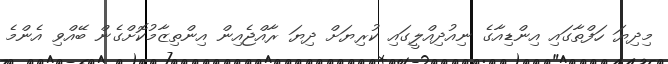
މިދިޔަ ހަފްތާގައި އިންޑިއާގެ ނިއުދިއްލީގައި ކުރިޔަށް ދިޔަ ރާއްޖެއިން އިންތިޒާމުކޮށްގެން ބޭއްވި އެންމެ